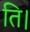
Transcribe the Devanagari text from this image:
ति।